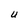
Character: U